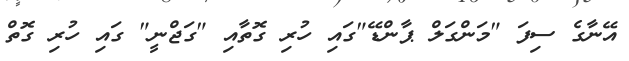
އޭނާގެ ސިފަ "މަންގަލް ޕާންޑޭ"ގައި ހުރި ގޮތާއި "ގަޖްނީ" ގައި ހުރި ގޮތް